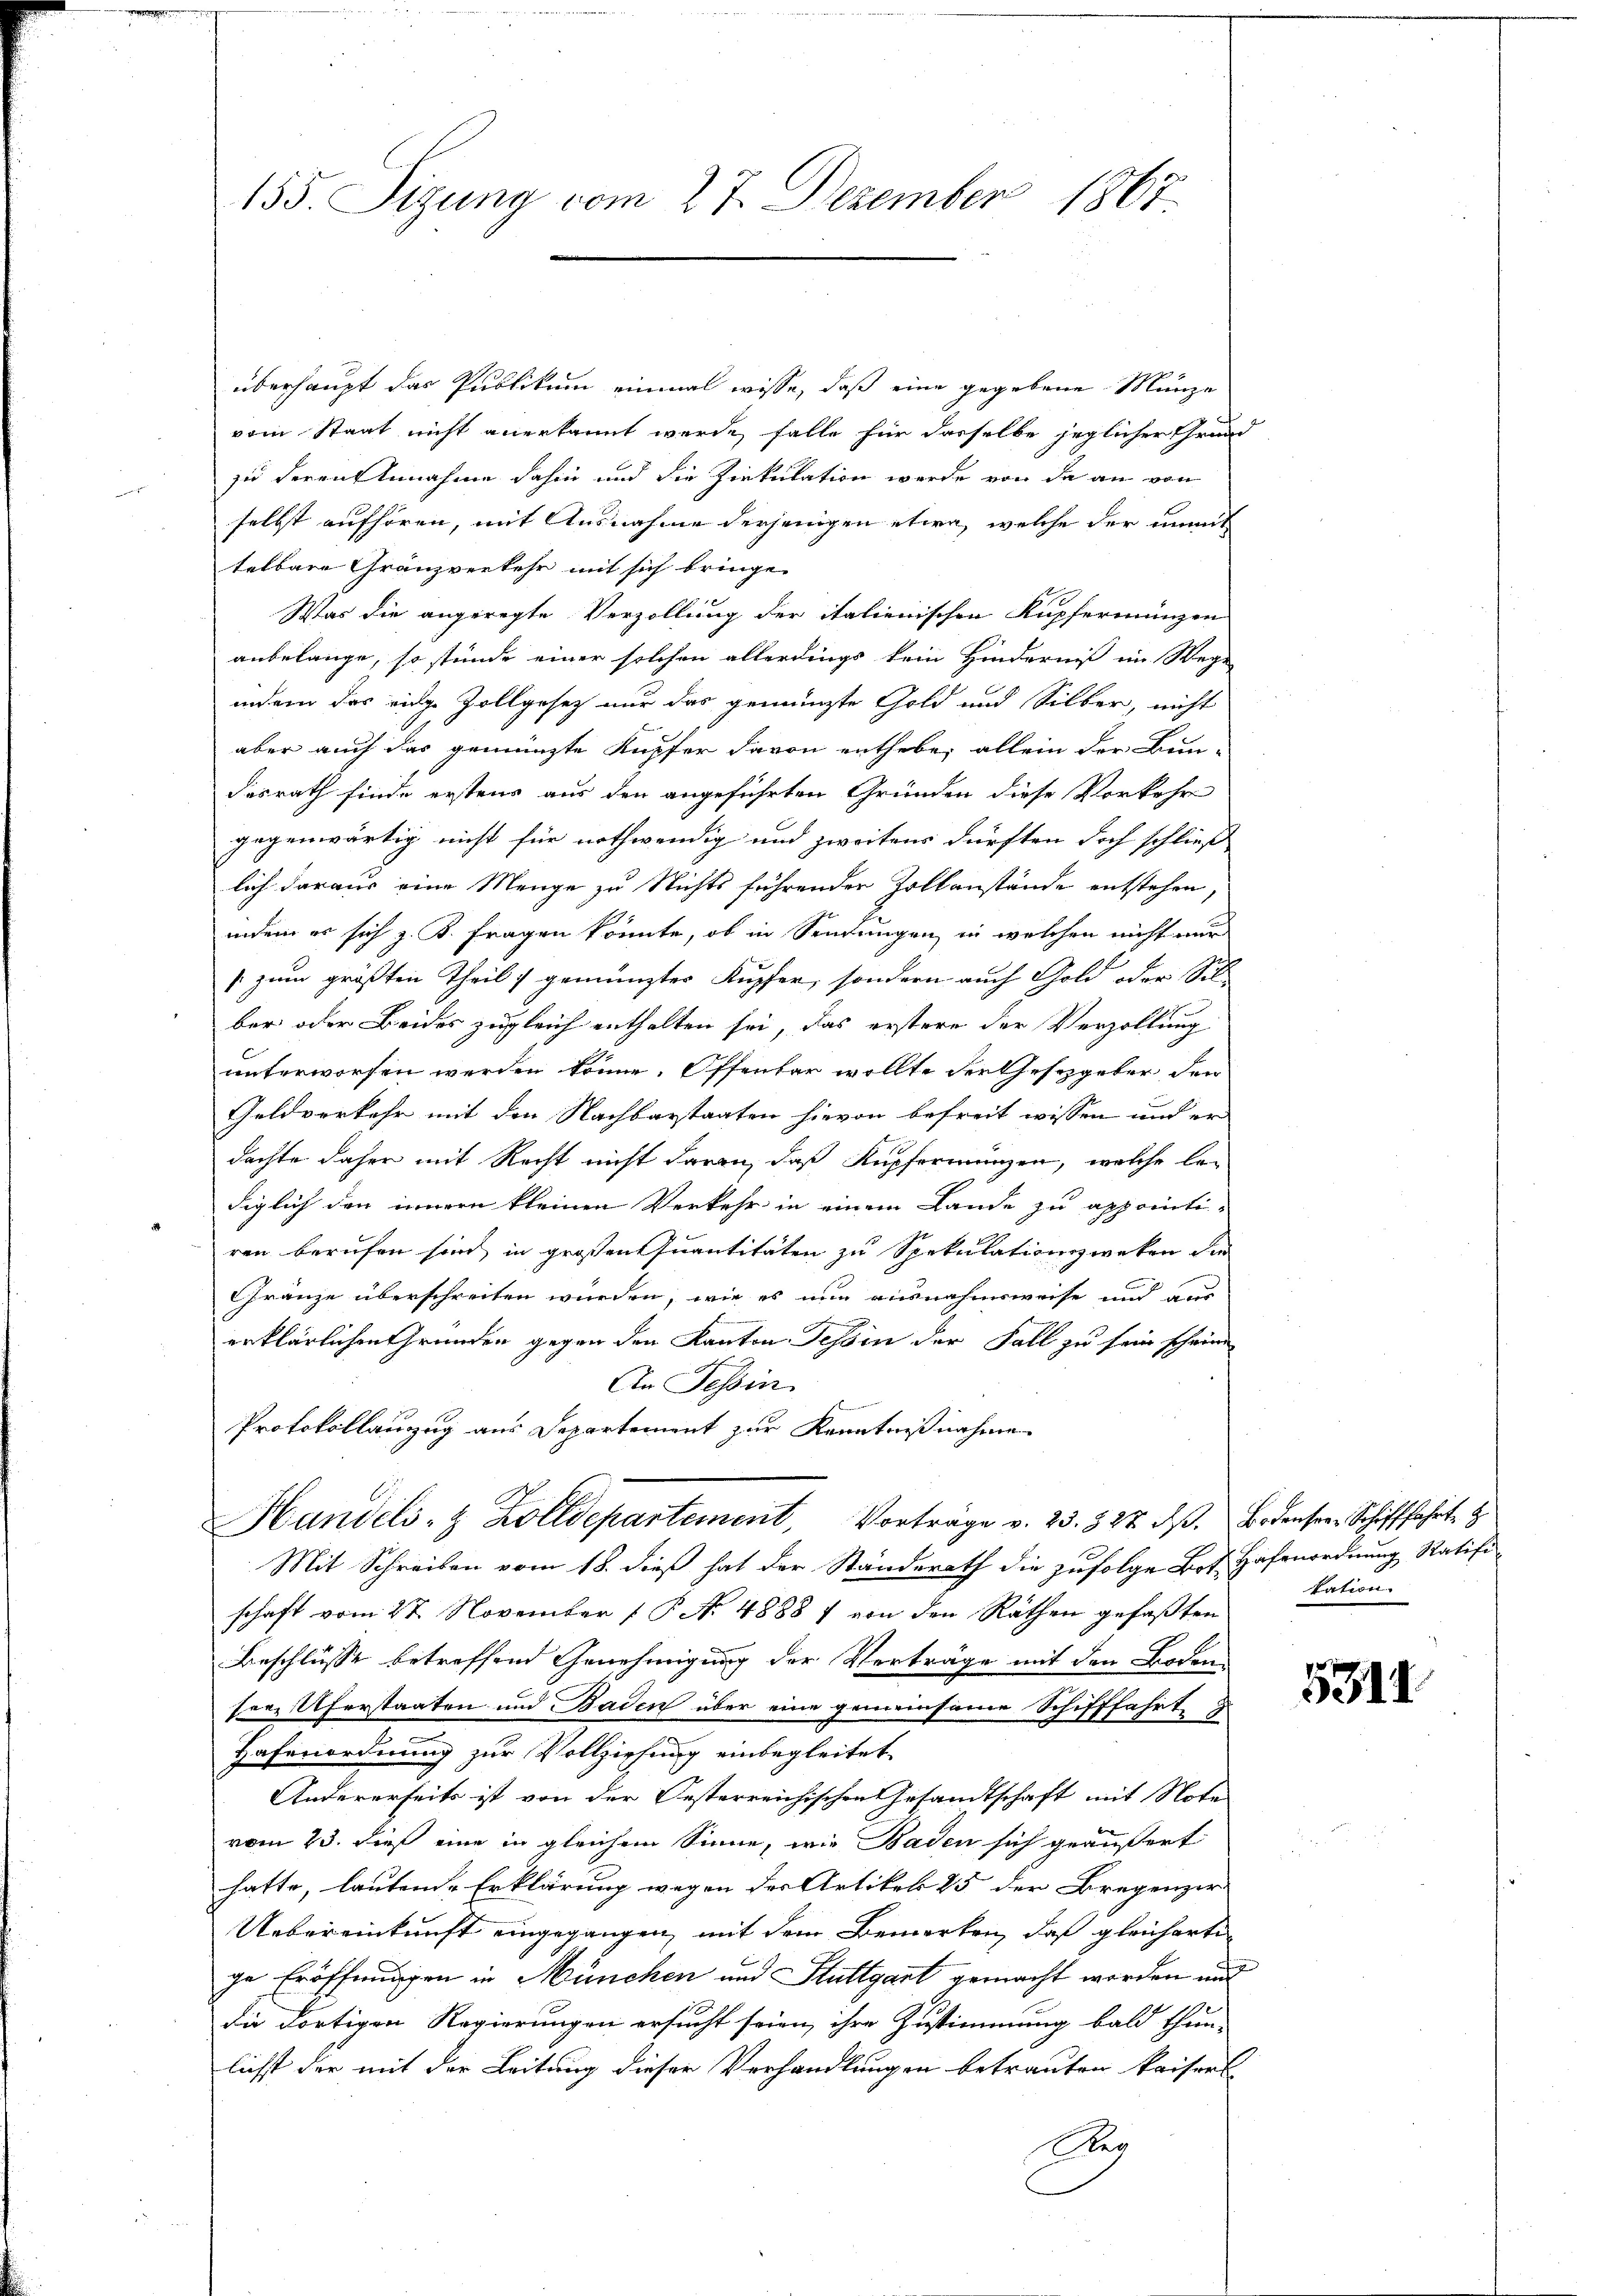
155. Sizung vom 27. Dezember 1867.

überhaupt das Publikum einmal wisse, daß eine gegebene Münze
vom Staat nicht anerkannt werde, falle für dasselbe jeglicher Grund
zue deren Annahme dahin und die Zirkulation werde von de an von
e
selbst aufhören, mit Ausnahme derjenigen etwa, welche der unmit
telbare Granzverkehr mit sich bringe.
Was die angeregte Verzollung der italienischen Kupfermünzen
anbelange, so stünde einer solchen allerdings kein Hinderniß ein Wege
indem das eige Zollgesetz nur das gemünzte Gold und Silber, nicht
aber auch das gemünzte Kupfer davon enthebe, allein der Bun-
desrath finde erstens aus den angeführten Gründen diese Vorkehr
gegenwärtig nicht für nothwendig und zweitens dürften doch schließ
lich daraus eine Menge zu Nichts führender Zollanstände entstehen,
indem es sich z. B. fragen könnte, ob in Sendungen in welchen nicht mir
[zum größten Theil gemünster Kupfer, sondern auch Gold oder Sil
ber oder Beides zugleich enthalten sei, das erstere der Verzollung
unterworfen werden könne. Offenbar wollte der Gesetzgeber den
Geldverkehr mit den Nachbarstaaten hievon befreit wissen und er
dachte daher mit Recht nicht daran, daß Kupfernungen, welche be-
diglich den innern kleinen Verkehr in einem Lande zu apporti-
ren berufen sein, in großen Quantitäten zu Spekulationszweken die
Gränze überschreiten würden, wie es nun ausnahmsweise und aus
erklärlichen Gründen gegen den Kanton Tessin der Fall zu fein scheine
An Tessin
Protokollanzug aus Departement zur Kenntnißnahme
Handels- & Zolldepartement, Vorträge v. 23. 827. dβ. Bodensere Schifffahrte
Mit Schreiben vom 18. dieß hat der Standerath die zufolge Bot. Hafenordnung Ratifi
schaft vom 27. November 1 P. Nr. 4888 f von den Räthen gefaßten
Beschlüsse betreffend Genehmigung der Verträge mit den Boden-
sere Uferstaaten und Baden über eine gemeinsame Schifffahrt
Hafenordnung zur Vollziehung einbegleitet.
Andererseits ist von der Oesterreichischen Gesandtschaft mit Note
vom 23. dieß eine in gleichem Sinne, wie Baden sich geäußert
hatte, lautende Erklärung wegen der Artikel 25 der Bregenzer
Uebereinkunft eingegangen, mit dem Bemerken, daß gleicharte
ge Eröffnungen in München und Stuttgart gemacht worden und
die dortigen Regierungen ersucht seien, ihre Zustimmung bald thun-
lichst der mit der Leitung dieser Verhandlungen betrauten kaiserl
Rer

kation

5314